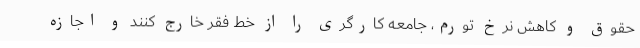
حقوق و کاهش نرخ تورم، جامعه کارگری را از خط فقر خارج کنند و اجازه